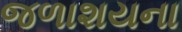
જળાશયના